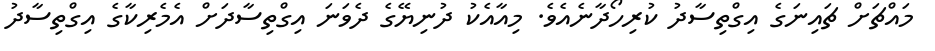
މައްޗަށް ޗައިނަގެ އިގްތިސާދު ކުރިހޯދާނެއެވެ. މިއާއެކު ދުނިޔޭގެ ދެވަނަ އިގްތިސާދަށް އެމެރިކާގެ އިގްތިސާދު